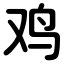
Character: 鸡